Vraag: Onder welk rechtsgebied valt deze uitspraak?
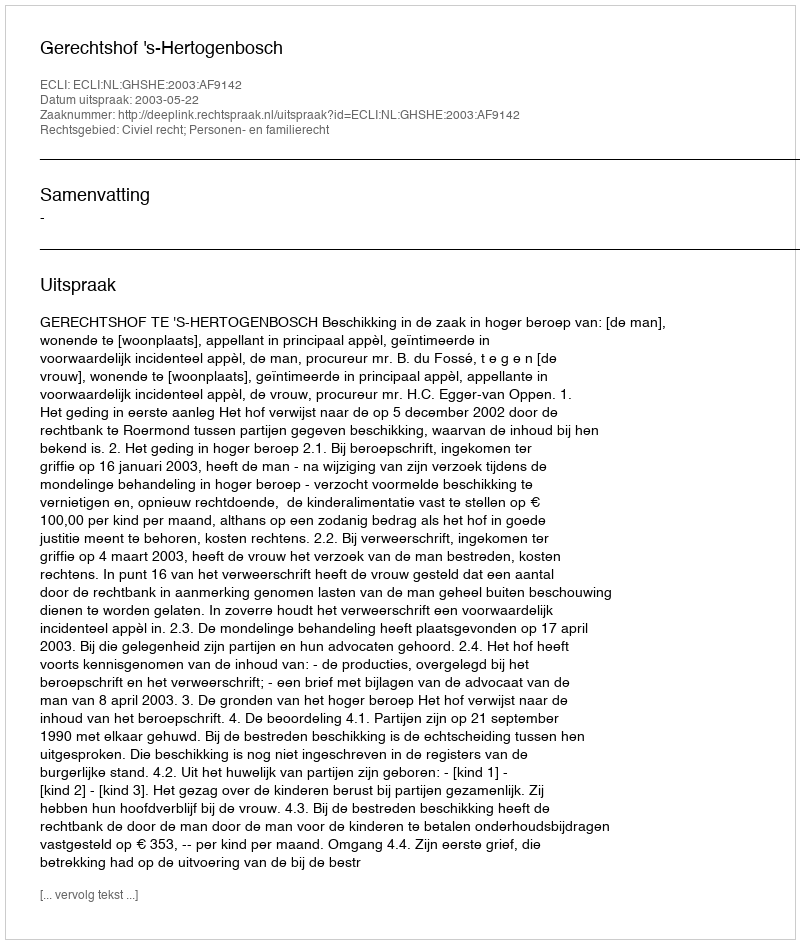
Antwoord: Civiel recht; Personen- en familierecht